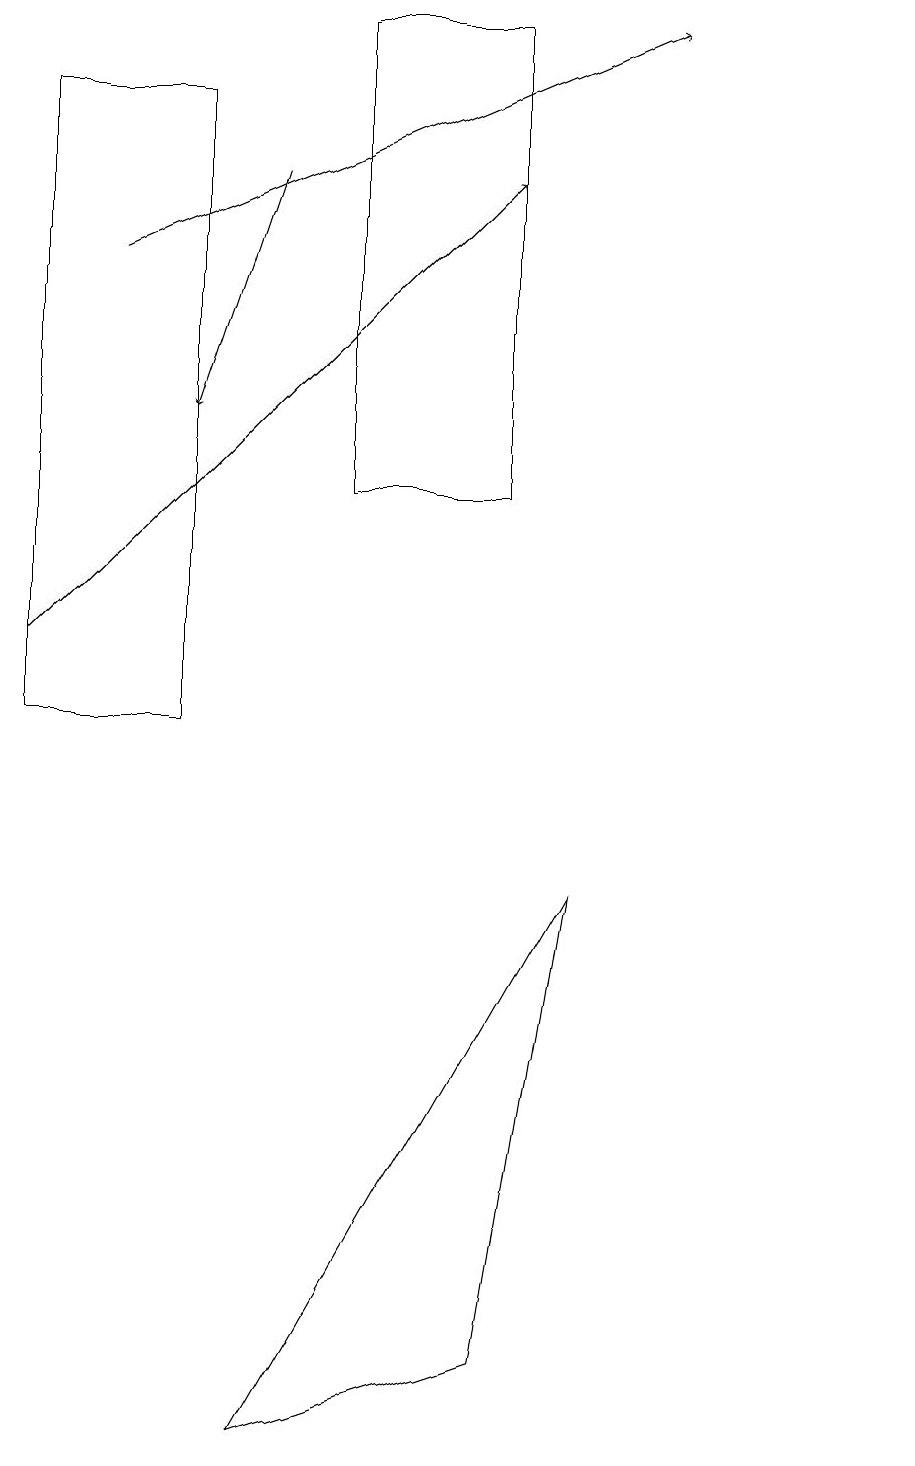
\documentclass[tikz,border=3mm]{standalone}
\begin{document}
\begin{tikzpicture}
\draw[->] (3,17) -- (2,14);
\draw (6,19) rectangle (4,13);
\draw[->] (1,16) -- (8,19);
\draw (11,11) circle (0);
\draw (10,11) circle (0);
\draw (0,10) rectangle (2,18);
\draw (6,2) -- (3,1) -- (7,8) -- cycle;
\draw[->] (0,11) -- (6,17);
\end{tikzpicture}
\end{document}